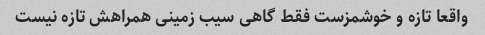
واقعا تازه و خوشمزست فقط گاهی سیب زمینی همراهش تازه نیست